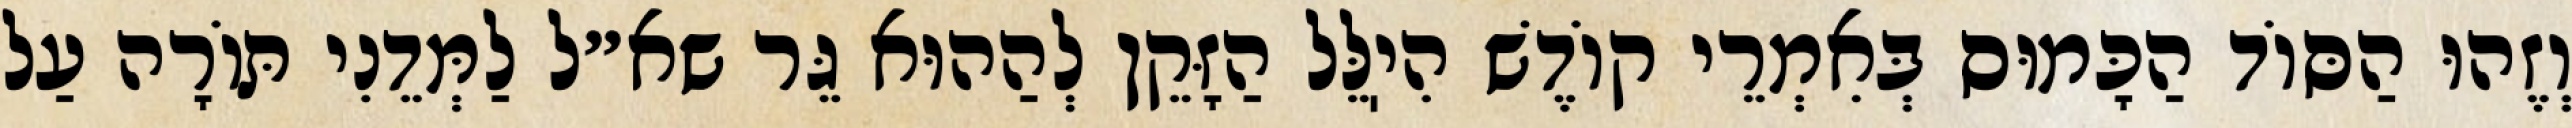
וְזֶהוּ הַסּוֹד הַכָּמוּס בְּאִמְרֵי קוֹדֶשׁ הִיֽלֵּל הַזָּקֵן לְהַהוּא גֵּר שא״ל לַמְּדֵנִי תּוֹרָה עַל